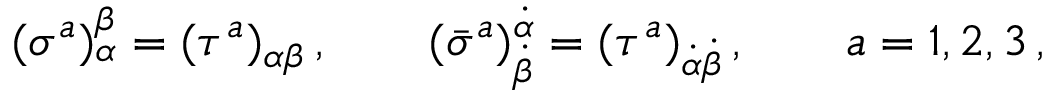
( \sigma ^ { a } ) _ { \alpha } ^ { \beta } = ( \tau ^ { a } ) _ { \alpha \beta } \, , \qquad ( \bar { \sigma } ^ { a } ) _ { \dot { \beta } } ^ { \dot { \alpha } } = ( \tau ^ { a } ) _ { \dot { \alpha } \dot { \beta } } \, , \qquad a = 1 , 2 , 3 \, ,